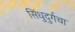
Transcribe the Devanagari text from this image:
सिंधुदुर्गचा